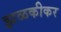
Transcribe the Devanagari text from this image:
झळकीकर